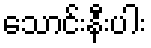
သောင်းနီးပါး